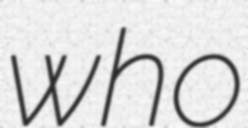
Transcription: who